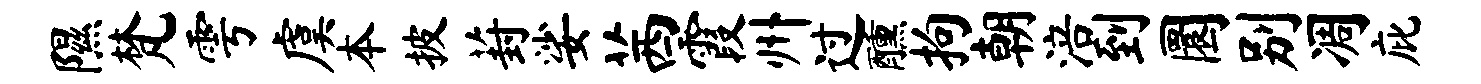
隰梵雩虞本披葑娑茜霞州过醺拘朝涪到圜别凋庇